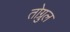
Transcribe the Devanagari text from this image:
तोग्रुल